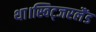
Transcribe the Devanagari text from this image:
था।स्विट्जरलैंड